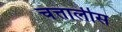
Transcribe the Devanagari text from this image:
चत्तालीस